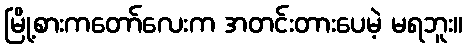
မြို့စားကတော်လေးက အတင်းတားပေမဲ့ မရဘူး။